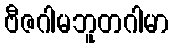
ဗီဇဂါမဘူတဂါမာ